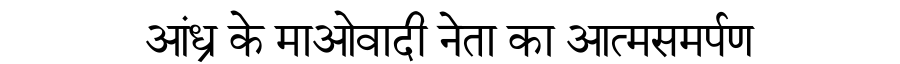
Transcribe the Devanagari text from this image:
आंध्र के माओवादी नेता का आत्मसमर्पण